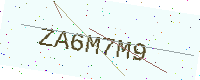
Text: ZA6M7M9